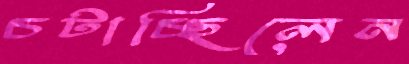
চটাচ্ছিলেন